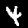
Digit: 4